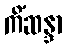
ကိံဆန္ဒာ